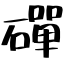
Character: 磾